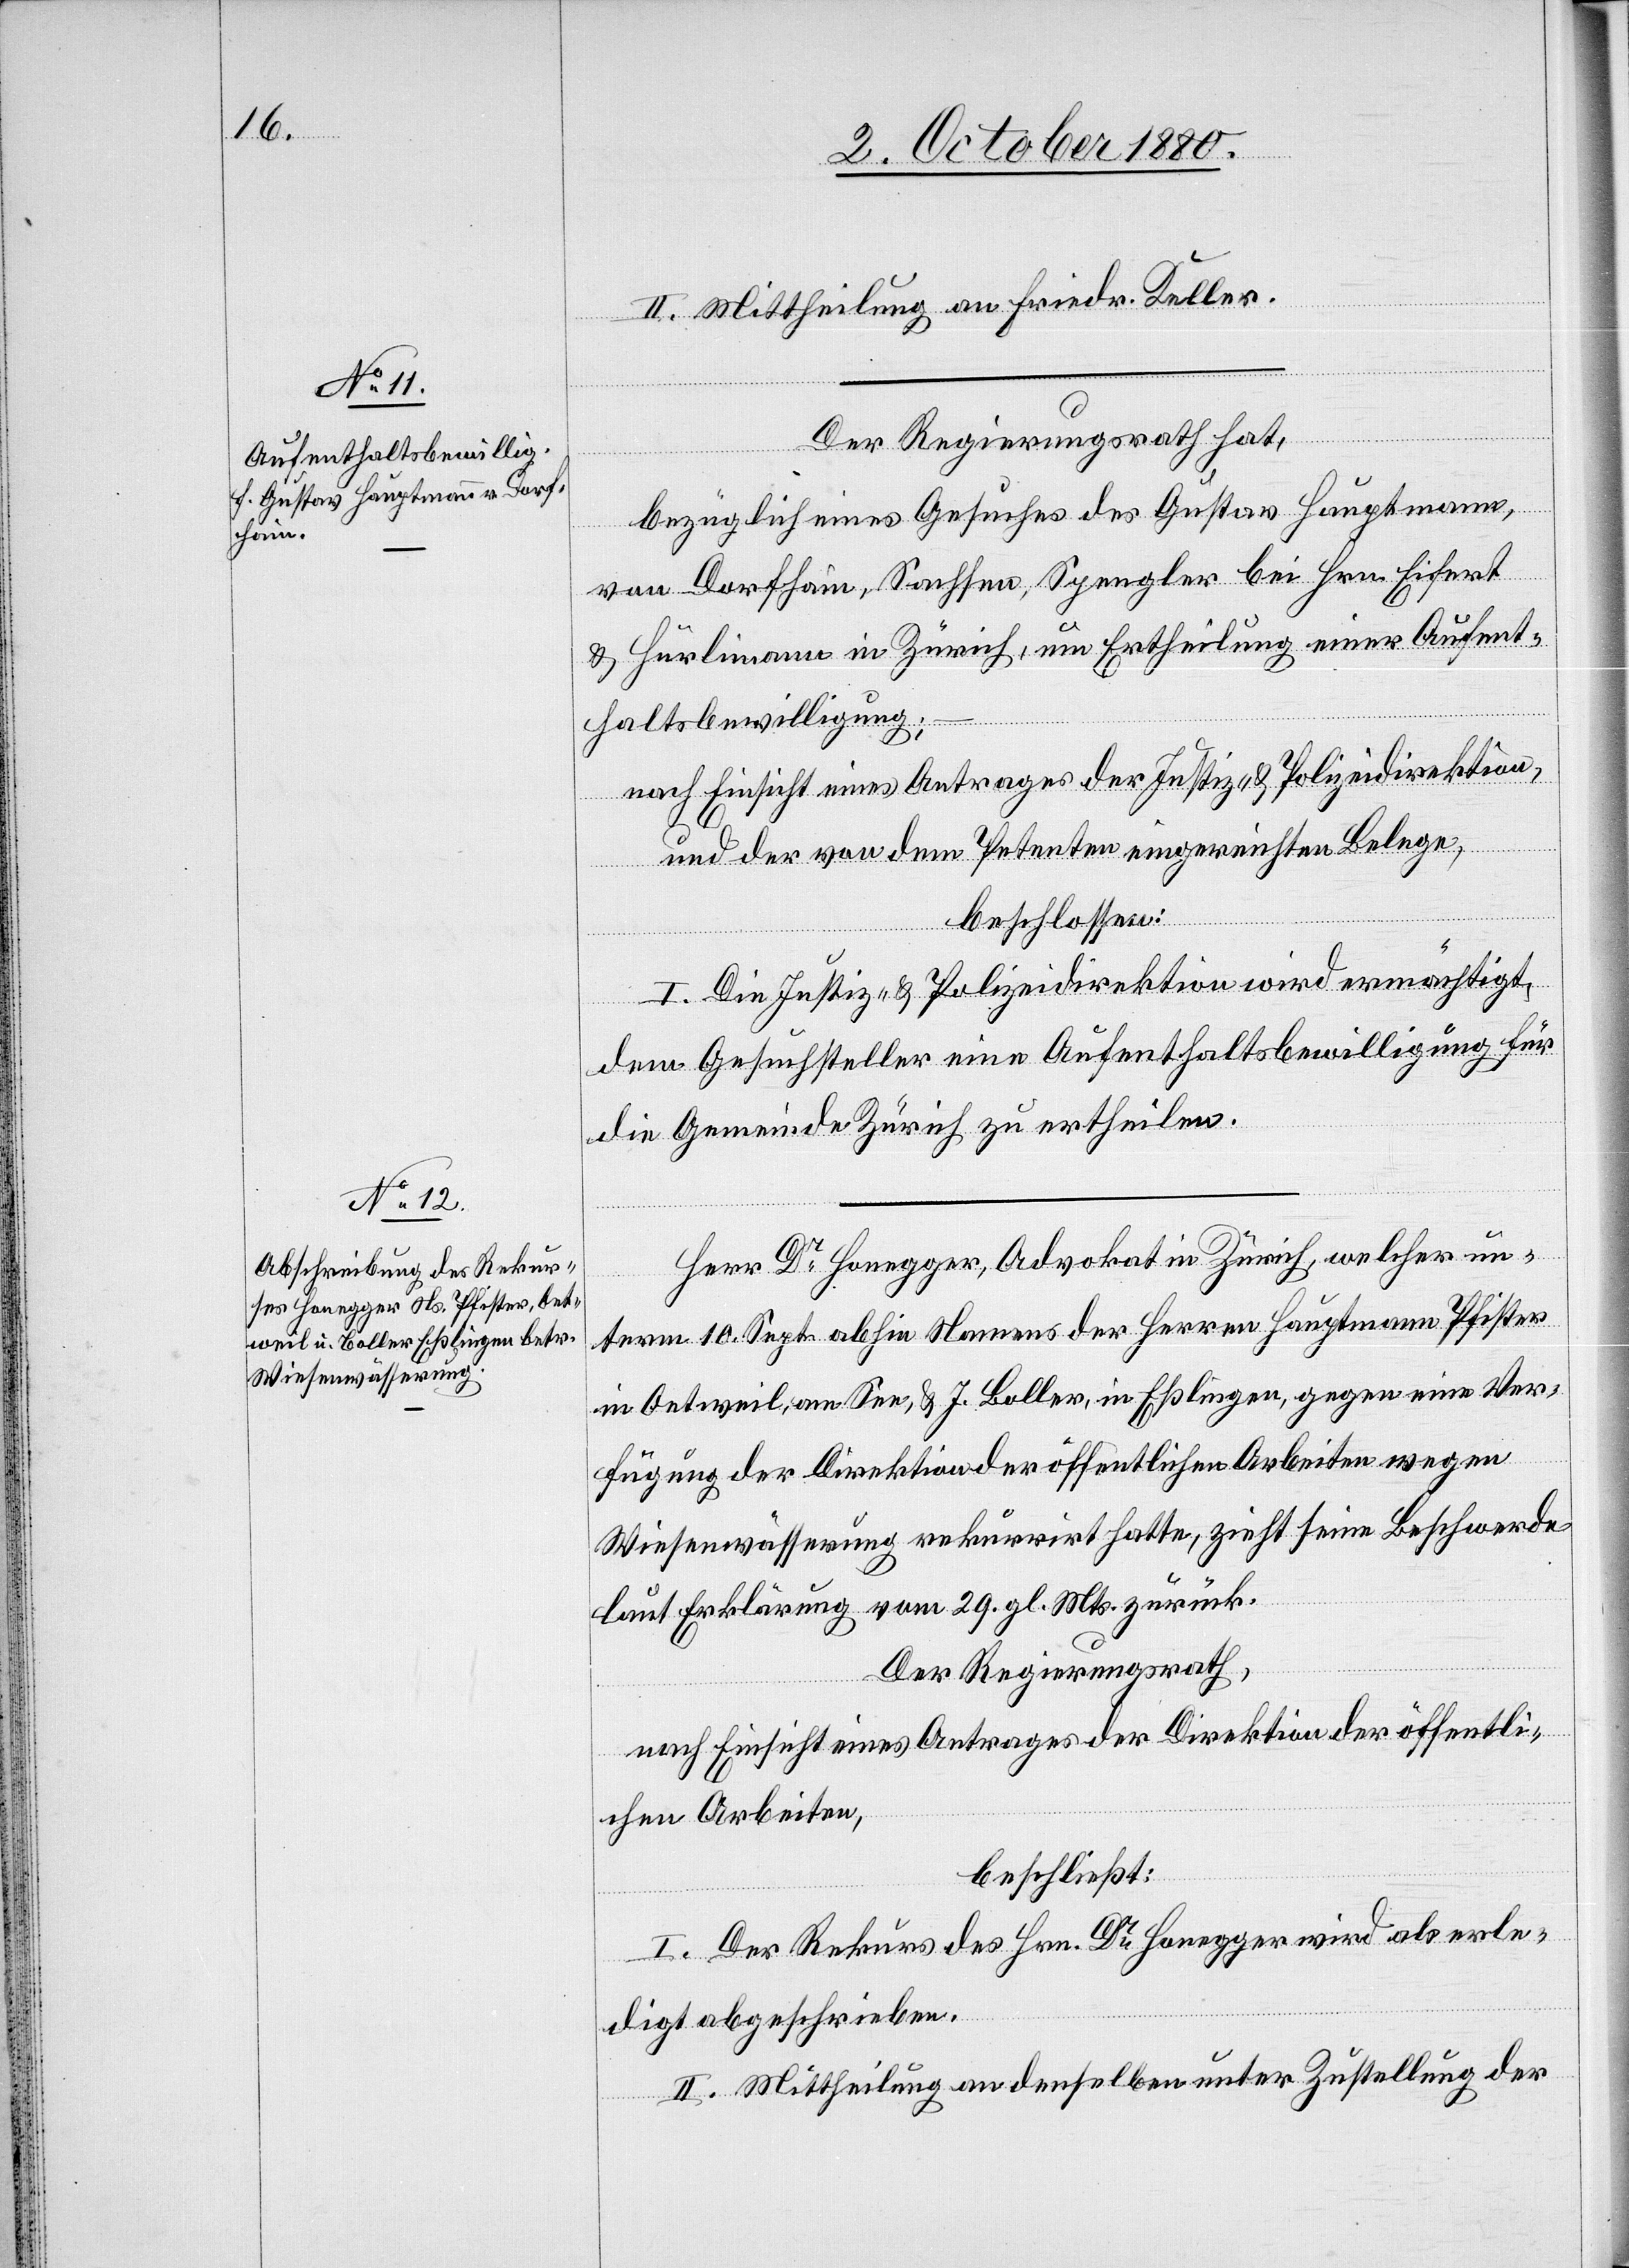
II. Mittheilung an Friedr. Keller.
Der Regierungsrath hat,
bezüglich eines Gesuches des Gustav Hauptmann
von Dorfhain, Sachsen, Spengler bei Hrn. Eifert
& Hürlimann in Zürich, um Ertheilung einer Aufent¬
haltsbewilligung;
nach Einsicht eines Antrages der Justiz- & Polizeidirektion,
und der von dem Petenten eingereichten Belege,
beschlossen:
I. Die Justiz- & Polizeidirektion wird ermächtigt,
dem Gesuchsteller eine Aufenthaltsbewilligung für
die Gemeinde Zürich zu ertheilen.
Herr Dr Honegger, Advokat in Zürich, welcher un¬
term 10. Sept. abhin Namens der Herren Hauptmann Pfister
in Oetweil, am See & J. Boller, in Eßlingen, gegen eine Ver¬
fügung der Direktion der öffentlichen Arbeiten wegen
Wiesenwässerung rekurrirt hatte, zieht seine Beschwerde
laut Erklärung vom 29. gl. Mts. zurück.
Der Regierungsrath,
nach Einsicht eines Antrages der Direktion der öffentli¬
chen Arbeiten,
beschließt:
I. Der Rekurs des Hrn. Dr Honegger wird als erle¬
digt abgeschrieben.
II. Mittheilung an denselben unter Zustellung der